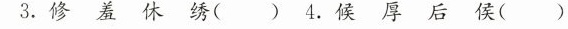
3.修羞休绣()4.候厚后侯()